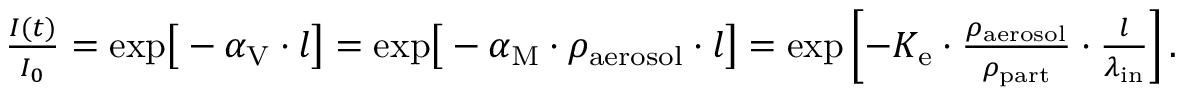
\begin{array} { r } { \frac { I ( t ) } { I _ { 0 } } = \mathrm { e x p } \big [ - \alpha _ { \mathrm { V } } \cdot l \big ] = \mathrm { e x p } \big [ - \alpha _ { \mathrm { M } } \cdot \rho _ { \mathrm { a e r o s o l } } \cdot l \big ] = \mathrm { e x p } \left[ - K _ { \mathrm { e } } \cdot \frac { \rho _ { \mathrm { a e r o s o l } } } { \rho _ { \mathrm { p a r t } } } \cdot \frac { l } { \lambda _ { \mathrm { i n } } } \right] . } \end{array}